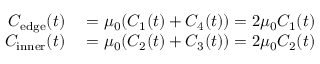
\begin{array} { r l } { C _ { \mathrm { e d g e } } ( t ) } & { { } = \mu _ { 0 } ( C _ { 1 } ( t ) + C _ { 4 } ( t ) ) = 2 \mu _ { 0 } C _ { 1 } ( t ) } \\ { C _ { \mathrm { i n n e r } } ( t ) } & { { } = \mu _ { 0 } ( C _ { 2 } ( t ) + C _ { 3 } ( t ) ) = 2 \mu _ { 0 } C _ { 2 } ( t ) } \end{array}